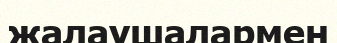
жалаушалармен